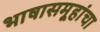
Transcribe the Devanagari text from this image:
भाषासमूहांचा